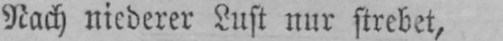
Nach niederer Lust nur strebet,